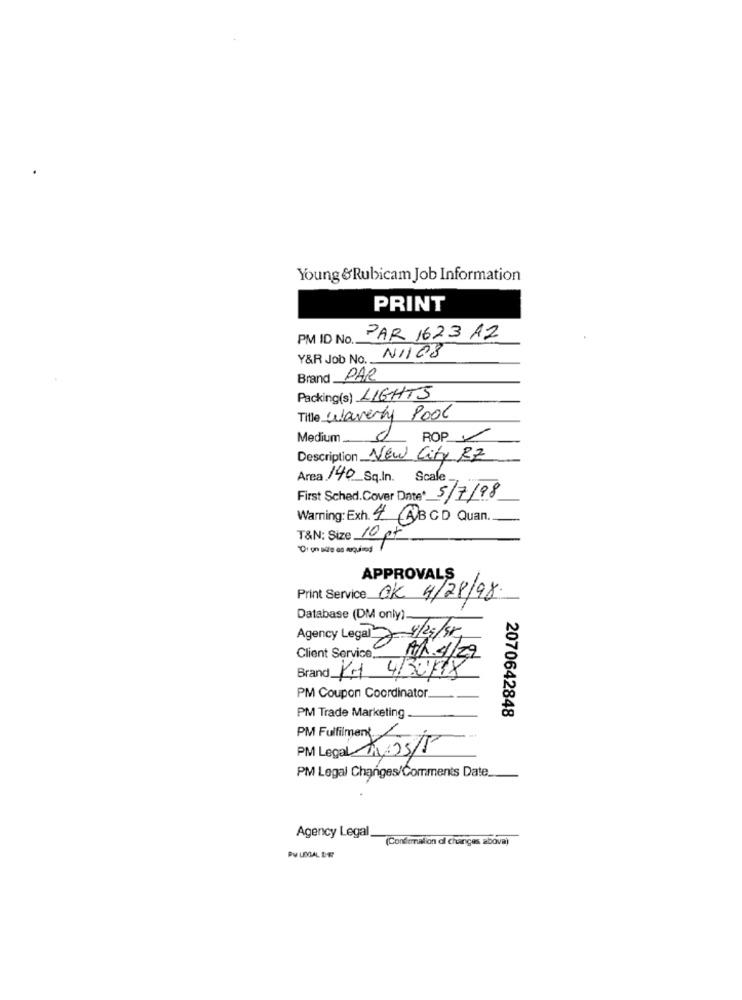
Young &Rubicam Job Information
PRINT
PM ID No.
PAR 1623 AZ
Y&R Job No ..
N1108
Brand PAR
Packing(s) LIGHTS
Title Waverly Pool
Medium _..
ROP
Description New City RZ
Area 140 Sq.In. Scale
First Sched.Cover Date' 5/7/98
Warning: Exh. 4 ABCD Quan.
T&N: Size 10 pt
APPROVALS
Print Service OK 4/28/98.
Database (DM only)
Agency Legal 2 4/29/55
Client Service
0 1/ 4/29
Brand KM 4/3018
PM Coupon Coordinator.
PM Trade Marketing
2070642848
PM Fulfilment_
PM Legal A05/5
PM Legal Changes/Comments Date.
Agency Legal.
(Confiermilion ol changes abova)